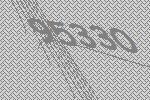
95330